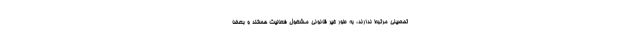
تحصیلی مرتبط ندارند، به طور غیر قانونی مشغول فعالیت هستند و بعضا